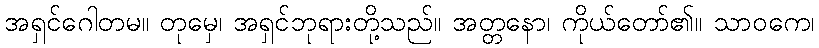
အရှင်ဂေါတမ။ တုမှေ၊ အရှင်ဘုရားတို့သည်။ အတ္တနော၊ ကိုယ်တော်၏။ သာဝကေ၊